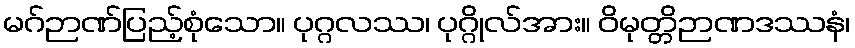
မဂ်ဉာဏ်ပြည့်စုံသော။ ပုဂ္ဂလဿ၊ ပုဂ္ဂိုလ်အား။ ဝိမုတ္တိဉာဏဒဿနံ၊